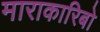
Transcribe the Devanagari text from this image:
माराकारिबो